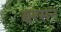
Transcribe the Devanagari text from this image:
बरसन